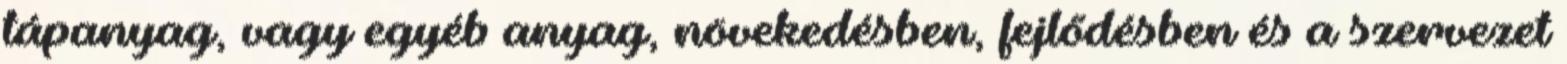
tápanyag, vagy egyéb anyag, növekedésben, fejlődésben és a szervezet